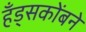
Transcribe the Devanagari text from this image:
हँड्सकोंबने